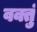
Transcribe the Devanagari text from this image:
वक्तुं